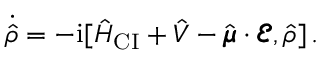
\dot { \hat { \rho } } = - \mathrm { i } [ \hat { H } _ { \mathrm { C I } } + \hat { V } - \hat { \pmb { \mu } } \cdot \pmb { \mathcal { E } } , \hat { \rho } ] \, .